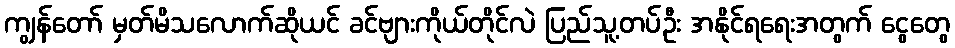
ကျွန်တော် မှတ်မိသလောက်ဆိုယင် ခင်ဗျားကိုယ်တိုင်လဲ ပြည်သူ့တပ်ဦး အနိုင်ရရေးအတွက် ငွေတွေ